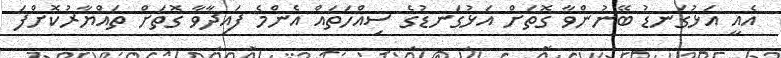
އެއީ އަޅުގަނޑު ބޭނުންވާ ގޮތަށް އަޅުގަނޑުގެ ސިއްހަތައް އެންމެ ފައިދާވާ ގޮތަށް ތައްޔާރުކޮށްފަ